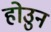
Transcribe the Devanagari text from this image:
होउुन